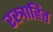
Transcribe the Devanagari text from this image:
रस्त्राहित